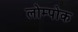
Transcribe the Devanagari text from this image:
लोम्पोक